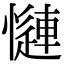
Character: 𢣜